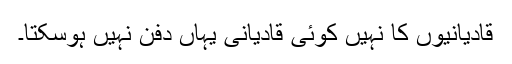
قادیانیوں کا نہیں کوئی قادیانی یہاں دفن نہیں ہوسکتا۔